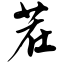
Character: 茬